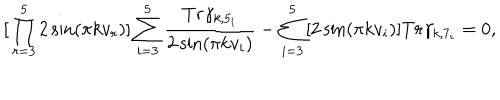
{ \mathbf [ \prod _ { r = 3 } ^ { 5 } 2 \sin ( \pi k v _ { r } ) ] \sum _ { i = 3 } ^ { 5 } \frac { T r \gamma _ { k , 5 _ { i } } } { 2 \sin ( \pi k v _ { i } ) } - \sum _ { i = 3 } ^ { 5 } [ 2 \sin ( \pi k v _ { i } ) ] T r \gamma _ { k , 7 _ { i } } = 0 } ,